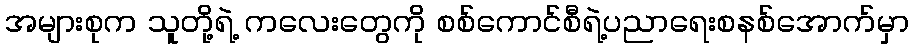
အများစုက သူတို့ရဲ့ ကလေးတွေကို စစ်ကောင်စီရဲ့ပညာရေးစနစ်အောက်မှာ